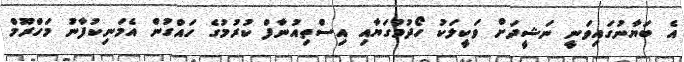
އެ ބަޔާނުގައިވަނީ ނަޝީދަށް ވަކީލަކު ހޯދުމުގަޔާއި އިސްތިއުނާފް ކުރުމުގެ ހައްގުން އެމަނިކުފާނު މަހްރޫމް